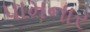
પામનાર